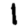
Digit: 1